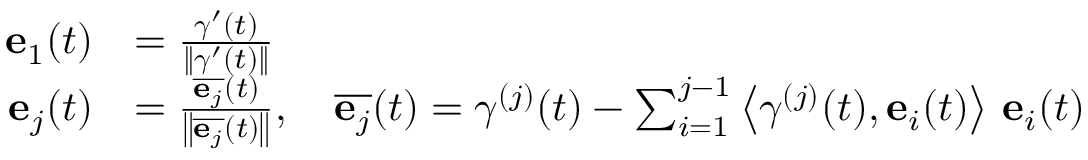
{ \begin{array} { r l } { \mathbf { e } _ { 1 } ( t ) } & { = { \frac { { \boldsymbol { \gamma } } ^ { \prime } ( t ) } { \left\| { \boldsymbol { \gamma } } ^ { \prime } ( t ) \right\| } } } \\ { \mathbf { e } _ { j } ( t ) } & { = { \frac { { \overline { { \mathbf { e } _ { j } } } } ( t ) } { \left\| { \overline { { \mathbf { e } _ { j } } } } ( t ) \right\| } } , \quad { \overline { { \mathbf { e } _ { j } } } } ( t ) = { \boldsymbol { \gamma } } ^ { ( j ) } ( t ) - \sum _ { i = 1 } ^ { j - 1 } \left\langle { \boldsymbol { \gamma } } ^ { ( j ) } ( t ) , \mathbf { e } _ { i } ( t ) \right\rangle \, \mathbf { e } _ { i } ( t ) } \end{array} }